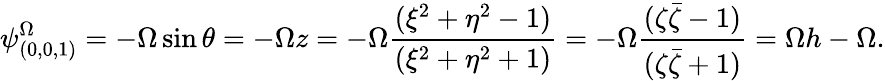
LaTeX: \psi_{(0,0,1)}^{\Omega}=-\Omega\sin\theta=-\Omega z=-\Omega\frac{(\xi^{2}+\eta^{2}-1)}{(\xi^{2}+\eta^{2}+1)}=-\Omega\frac{(\zeta\bar{\zeta}-1)}{(\zeta\bar{\zeta}+1)}=\Omega h-\Omega.